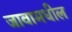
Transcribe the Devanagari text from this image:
जावामधील